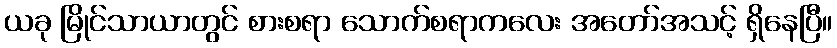
ယခု မြိုင်သာယာတွင် စားစရာ သောက်စရာကလေး အတော်အသင့် ရှိနေပြီ။